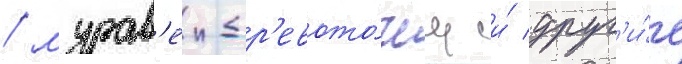
/ мурав'еи-др'евото́чец и́ друг'и́е